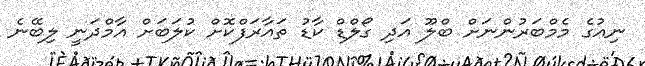
ނިއުގެ މެމްބަރުންނަށް ބްލޫ އަދި ގޯލްޑް ކާޑު ތައާރަފްކޮށް ކުލަބަށް އާމްދަނީ ލިބޭނެ